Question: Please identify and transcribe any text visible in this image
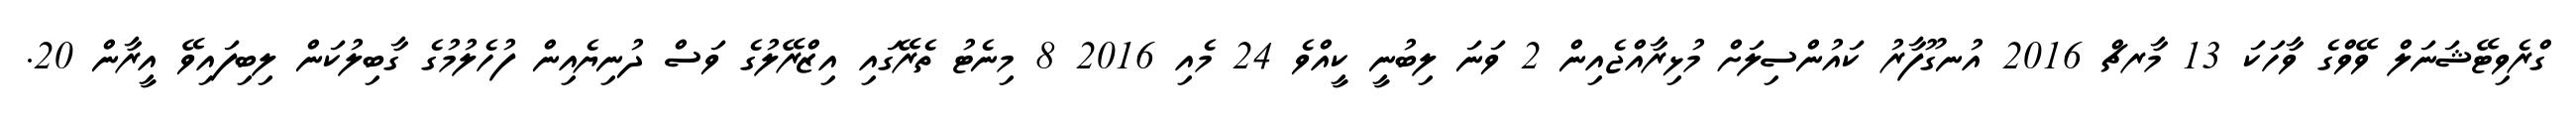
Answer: ގްރެވިޓޭޝަނަލް ވޭވްގެ ވާހަކަ 13 މާރޗް 2016 އުނގޫފާރު ކައުންސިލަށް މުޅިރާއްޖެއިން 2 ވަނަ ލިބުނީ ކީއްވެ 24 މެއި 2016 8 މިނެޓު ތެރޭގައި އިޒްރޭލުގެ ވަސް ދުނިޔެއިން ފުހެލުމުގެ ގާބިލުކަން ލިބިފައިވޭ އީރާން 20.